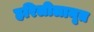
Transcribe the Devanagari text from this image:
हरिलीलामृत